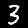
Label: 3